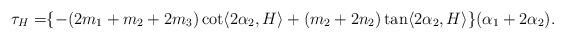
LaTeX: \begin{align*}\tau_{H}=&\{-(2m_{1}+m_{2}+2m_{3})\cot\langle 2\alpha_{2}, H \rangle+(m_{2}+2n_{2})\tan\langle 2\alpha_{2}, H \rangle\}(\alpha_{1}+2\alpha_{2}).\end{align*}